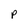
Character: p